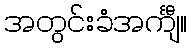
အတွင်းခံအင်္ကျီ။